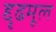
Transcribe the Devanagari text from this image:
द्दृढमूल